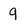
Character: 9